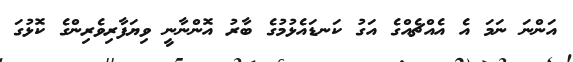
އަންނަ ނަމަ އެ އެއްޗެއްގެ އަގު ކަނޑައެޅުމުގެ ބާރު އޮންނާނީ ވިޔަފާރިވެރިންގެ ކޮޅުގަ